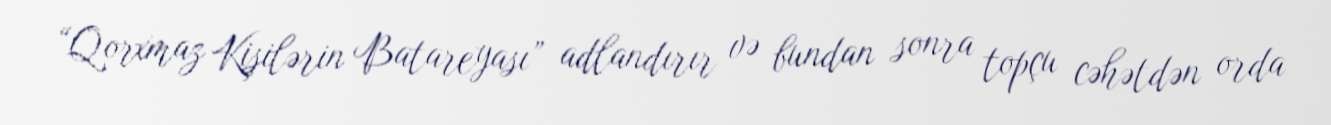
“Qorxmaz Kişilərin Batareyası” adlandırır və bundan sonra topçu cəhətdən orda